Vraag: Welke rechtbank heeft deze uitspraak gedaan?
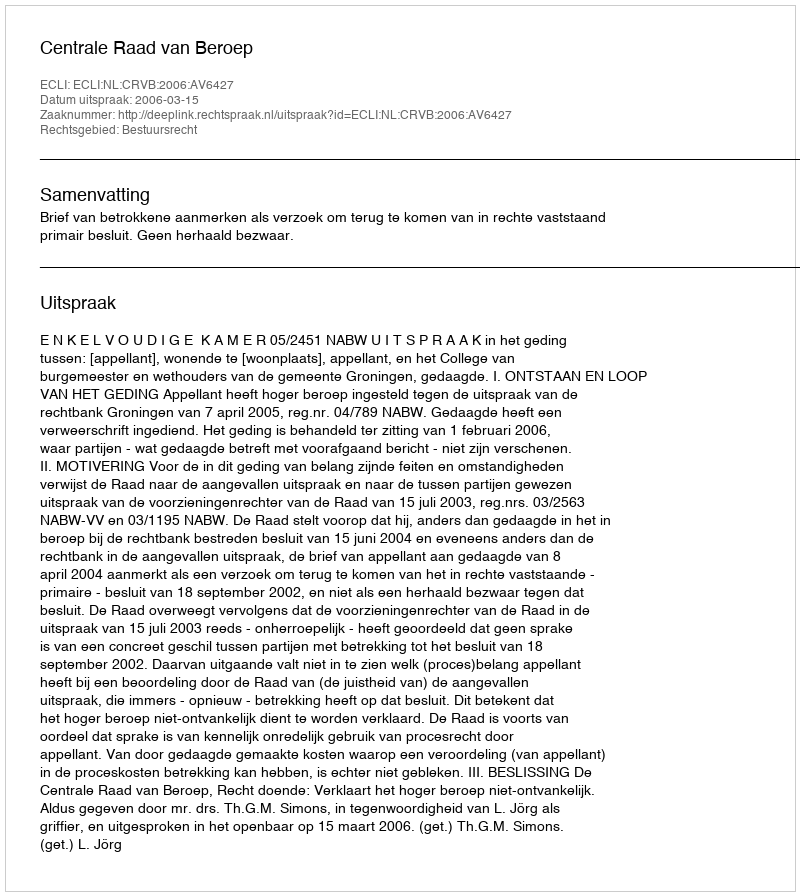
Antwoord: Centrale Raad van Beroep